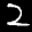
Label: 2